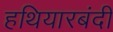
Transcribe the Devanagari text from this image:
हथियारबंदी